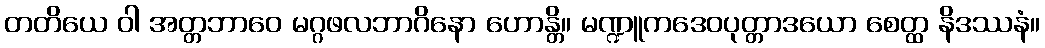
တတိယေ ဝါ အတ္တဘာဝေ မဂ္ဂဖလဘာဂိနော ဟောန္တိ။ မဏ္ဍူကဒေဝပုတ္တာဒယော စေတ္ထ နိဒဿနံ။